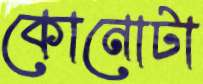
কোনোটা